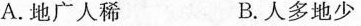
A.地广人稀 B.人多地少